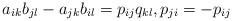
LaTeX: \begin{align*}a_{ik}b_{jl}-a_{jk}b_{il}=p_{ij}q_{kl},p_{ji}=-p_{ij}\end{align*}